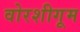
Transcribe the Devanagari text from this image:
वोरशीगूम